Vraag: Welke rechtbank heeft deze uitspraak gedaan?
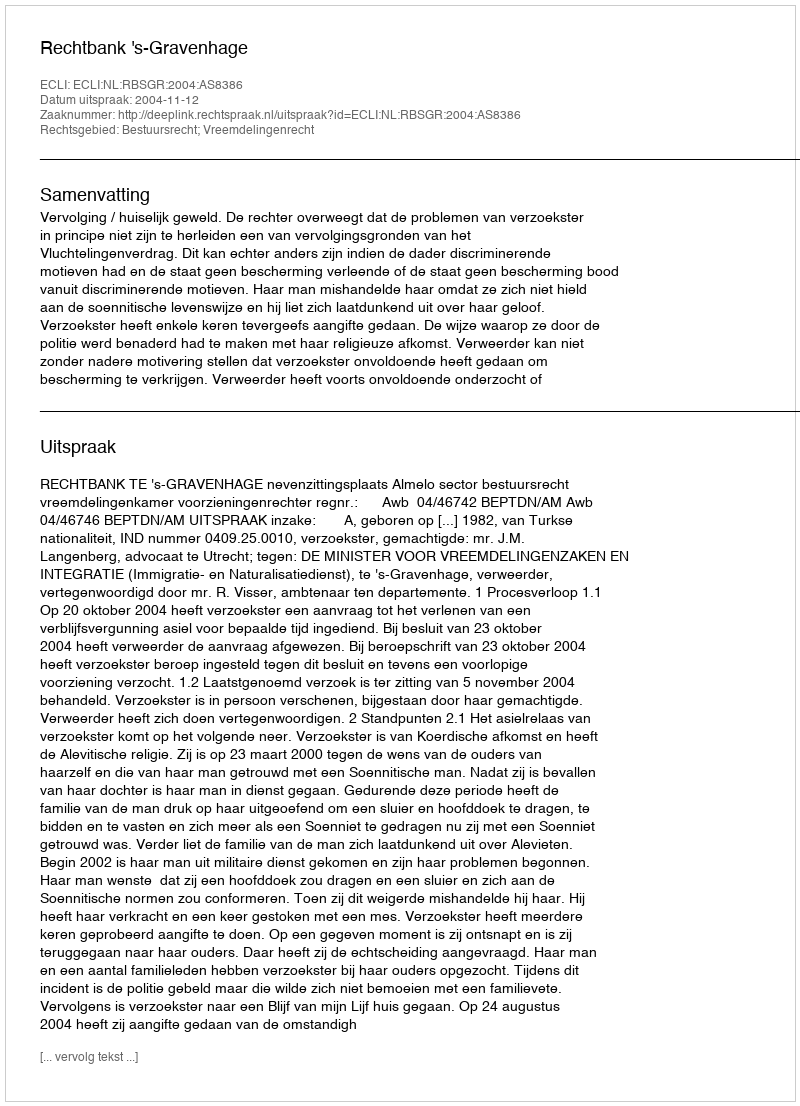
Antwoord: Rechtbank 's-Gravenhage